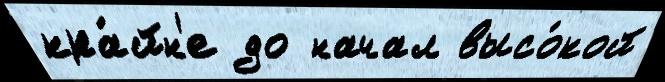
кра́йн'е до начал высо́кой